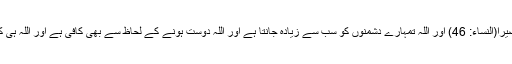
وَکَفٰی بِاللّٰہِ وَلِیًّا وَّکَفٰی بِاللّٰہِ نَصِیْرًا(النساء: 46) اور اللہ تمہارے دشمنوں کو سب سے زیادہ جانتا ہے اور اللہ دوست ہونے کے لحاظ سے بھی کافی ہے اور اللہ ہی کافی ہے بطور مدد گار کے۔